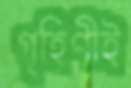
গৃহিণীই